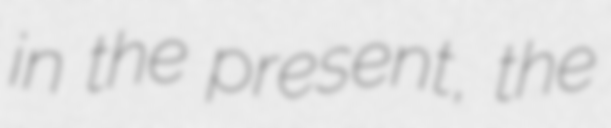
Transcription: in the present, the